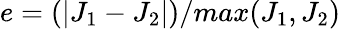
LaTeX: e=(|J_{1}-J_{2}|)/max(J_{1},J_{2})